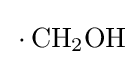
{\,{\cdot }\,\mathrm {CH} {\vphantom {A}}_{\smash[{t}]{2}}\mathrm {OH} }